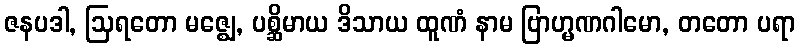
ဇနပဒါ, ဩရတော မဇ္ဈေ, ပစ္ဆိမာယ ဒိသာယ ထူဏံ နာမ ဗြာဟ္မဏဂါမော, တတော ပရာ